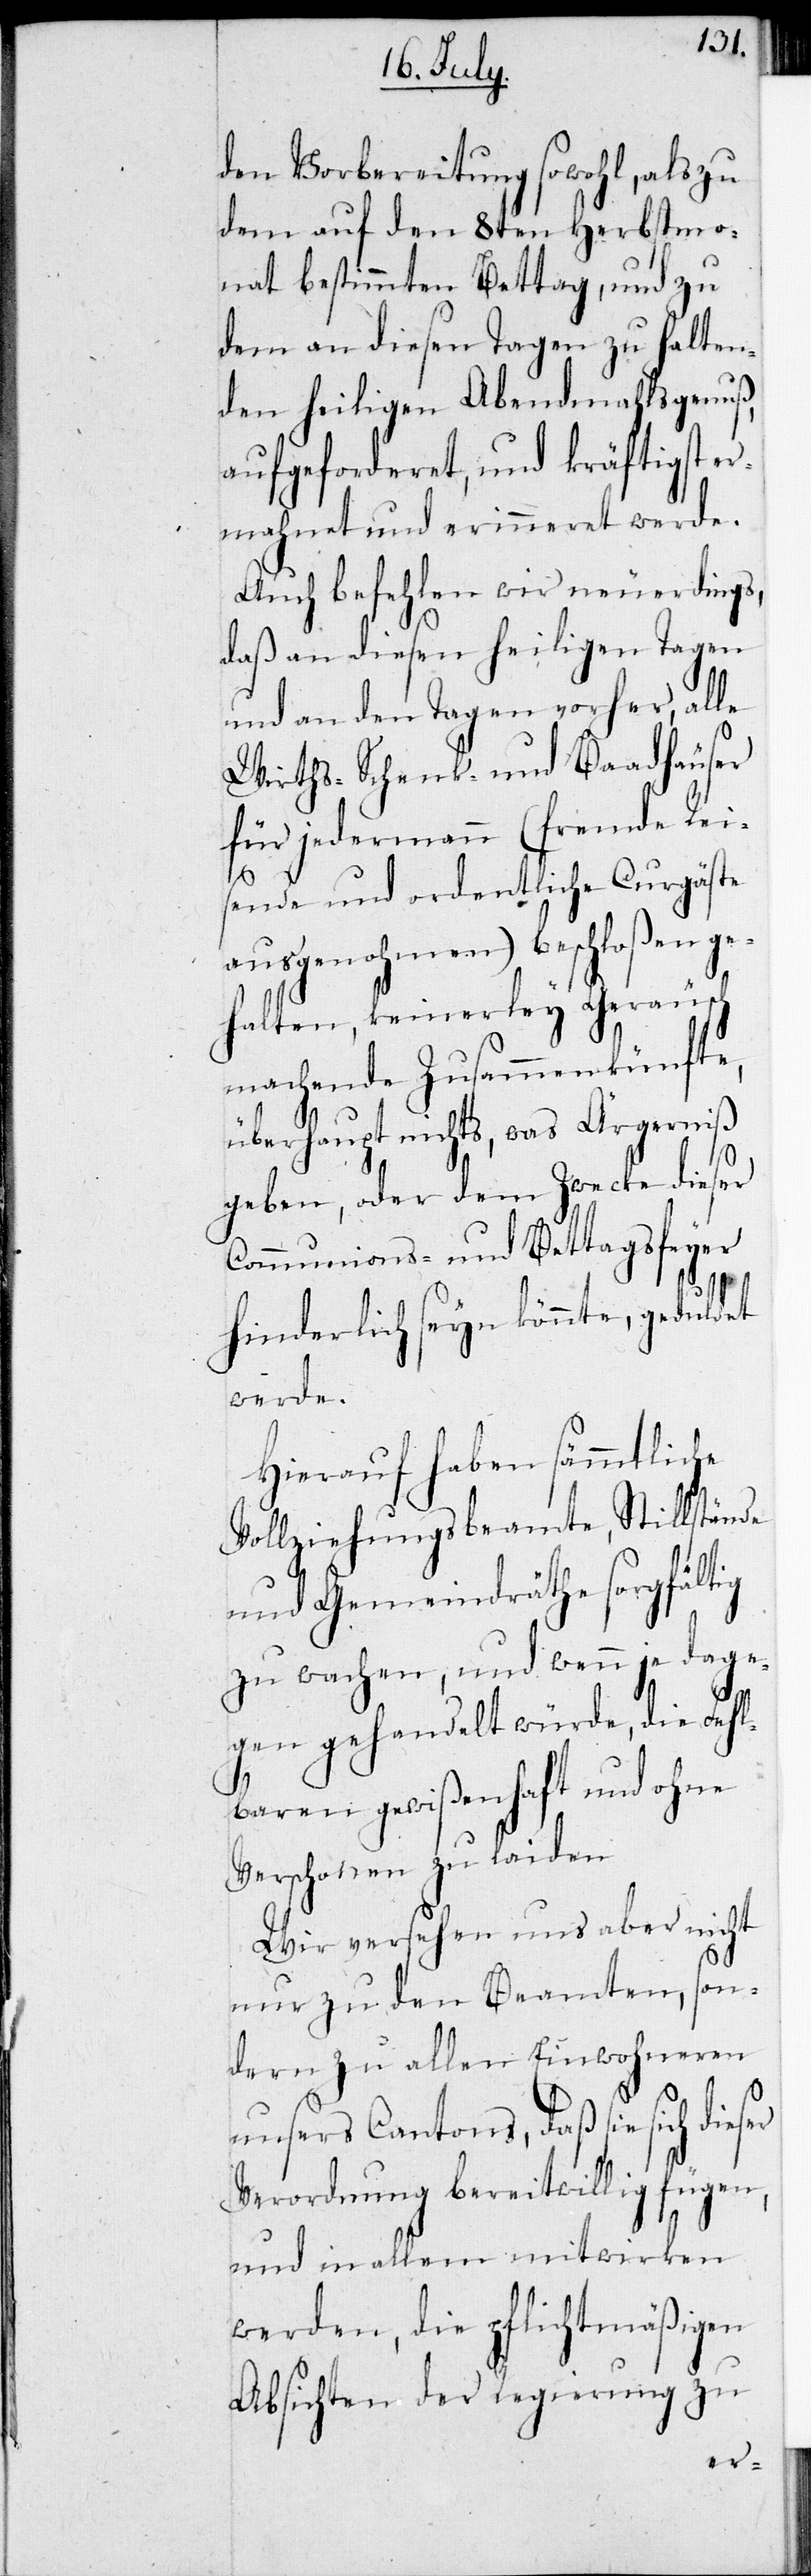
den Vorbereitung sowohl, als zu
dem auf den 8ten Herbstmo¬
nat bestimmten Bettag, und zu
dem an diesen Tagen zu halten¬
den heiligen Abendmahlsgenuß
aufgeforderet, und kräftigst er¬
mahnet und erinneret werde.
Auch befehlen wir neuerdings,
daß an diesen heiligen Tagen
und an den Tagen vorher, alle
Wirths- Schenk- und Baadhäuser
für jedermann (fremde Rei¬
sende und ordentliche Curgäste
ausgenohmen) beschloßen ge¬
halten, keinerley Geräusch
machende Zusammenkünfte,
überhaupt nichts, was Ärgerniß
geben, oder dem Zwecke dieser
Communions- und Bettagsfeyer
hinderlich seyn könnte, geduldet
werde.
Hierauf haben sämmtliche
Vollziehungsbeamte, Stillstände
und Gemeindräthe sorgfältig
zu wachen, und wenn je dage¬
gen gehandelt würde, die Fehl¬
baren gewißenhaft und ohne
Verschonen zu laiden.
Wir versehen uns aber nicht
nur zu den Beamten, son¬
dern zu allen Einwohneren
unsers Cantons, daß sie sich dies¬
Verordnung bereitwillig fügen,
und in allem mitwirken
werden, die pflichtmäßigen
Absichten der Regierung zu
er